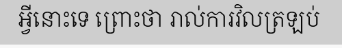
អ្វីនោះទេ ព្រោះថា រាល់ការវិលត្រឡប់